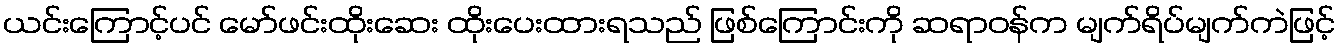
ယင်းကြောင့်ပင် မော်ဖင်းထိုးဆေး ထိုးပေးထားရသည် ဖြစ်ကြောင်းကို ဆရာဝန်က မျက်ရိပ်မျက်ကဲဖြင့်